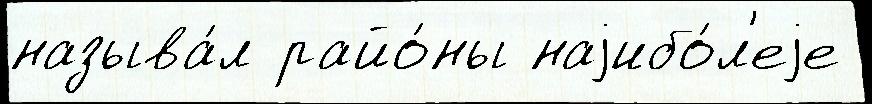
называ́л райо́ны наjибо́л'еjе